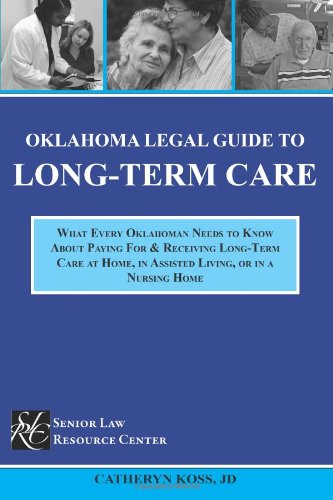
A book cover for Oklahoma Legal Guide To Long-Term Care; Catheryn Koss JD; Law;